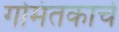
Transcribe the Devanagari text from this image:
गोमंतकाचे